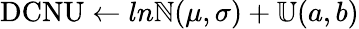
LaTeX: \textrm{DCNU}\leftarrow ln\mathbb{N}(\mu,\sigma)+\mathbb{U}(a,b)